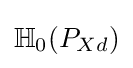
\mathbb {H} _{0}(P_{Xd})